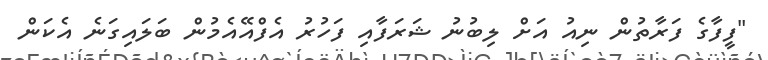
"ފީފާގެ ފަރާތުން ނިއު އަށް ލިބުނު ޝަރަފާއި ފަހުރު އެފްއޭއެމުން ބަލައިގަނެ އެކަން